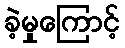
ခဲ့မှုကြောင့်